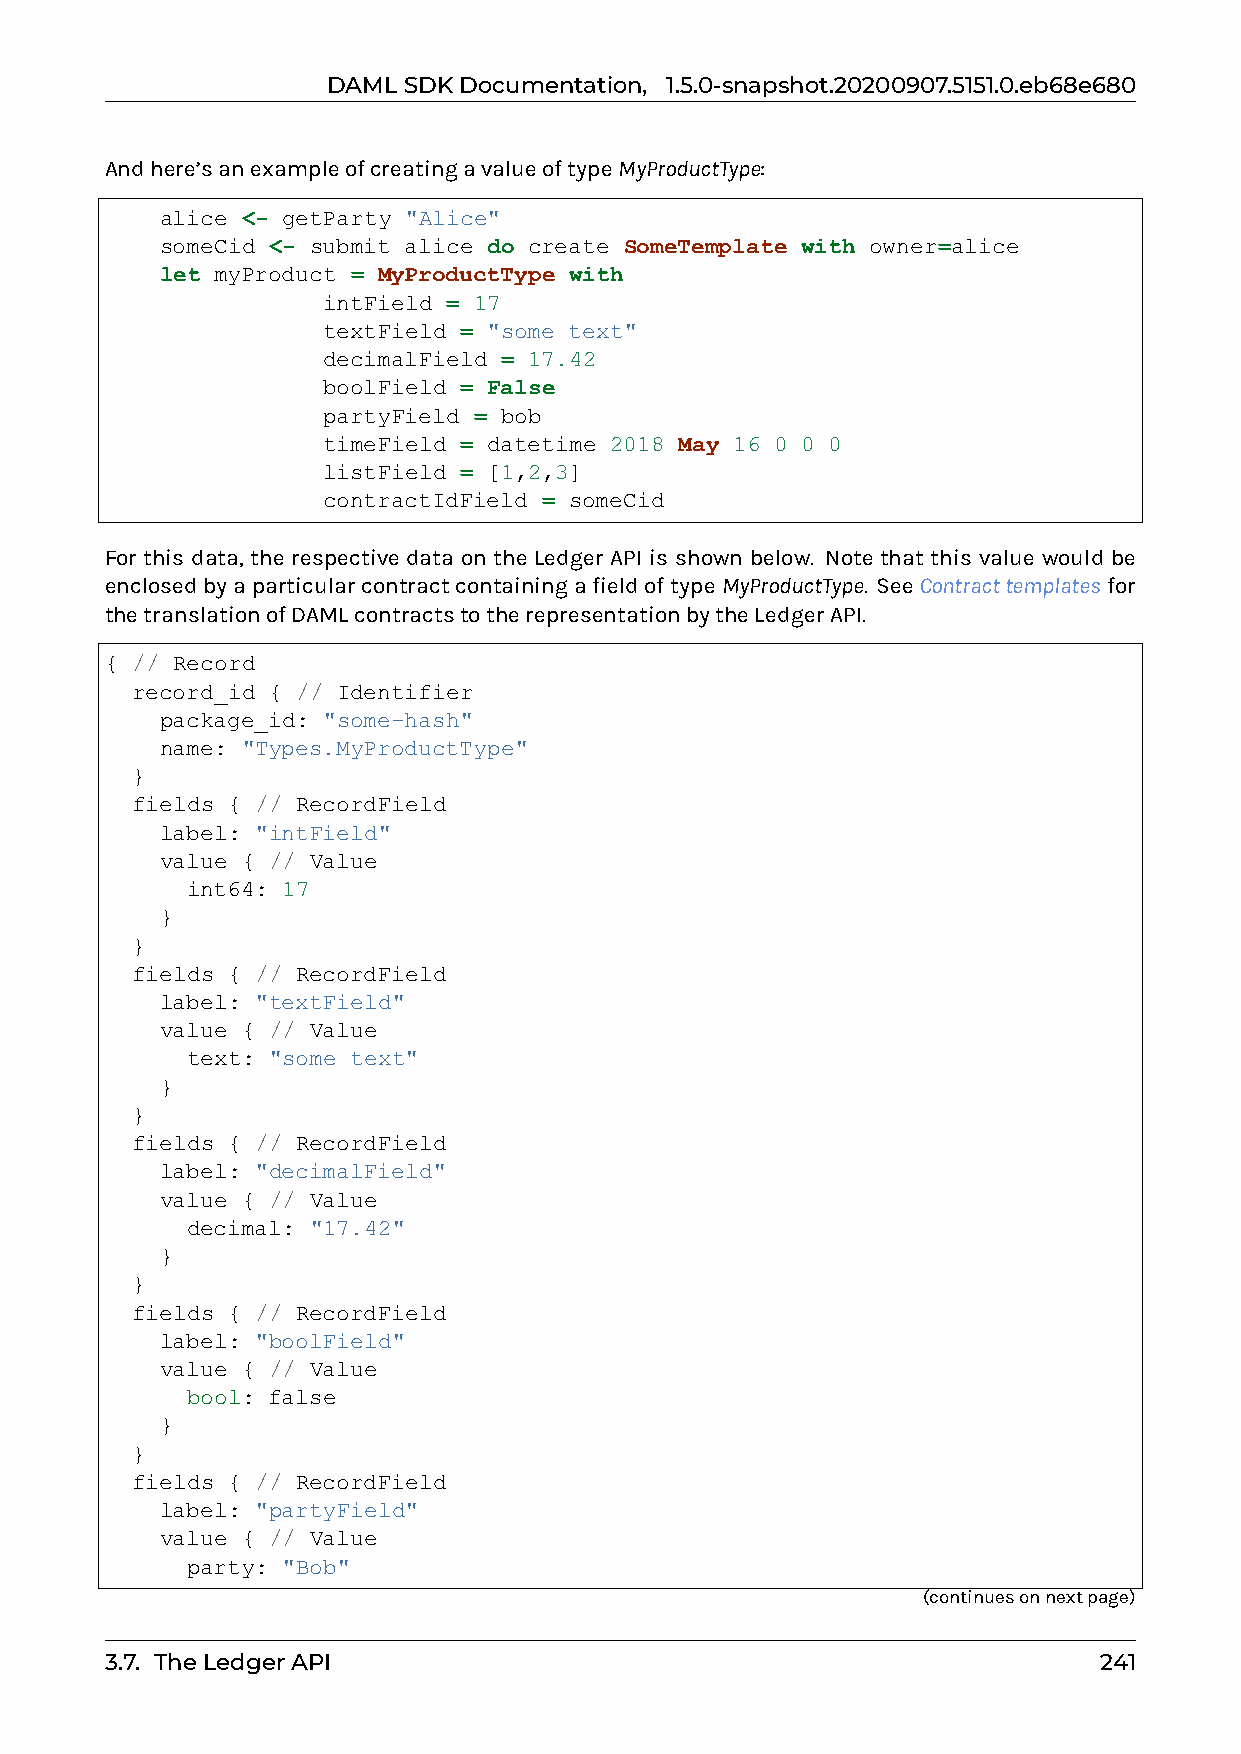
DAMLSDKDocumentation, 1.5.0-snapshot.20200907.5151.0.eb68e680
 Andhere’sanexampleofcreatingavalueoftypeMyProductType:
 alice <- getParty "Alice"
 someCid <- submit alice do create SomeTemplate with owner=alice
 let myProduct = MyProductType with
 intField = 17
 textField = "some text"
 decimalField = 17.42
 boolField = False
 partyField = bob
 timeField = datetime 2018 May 16 0 0 0
 listField = [1,2,3]
 contractIdField = someCid
 For this data, the respective data on the Ledger API is shown below. Note that this value would be
 enclosedbyaparticularcontractcontainingafieldoftypeMyProductType. SeeContracttemplatesfor
 thetranslationofDAMLcontractstotherepresentationbytheLedgerAPI.
 { // Record
 record_id { // Identifier
 package_id: "some-hash"
 name: "Types.MyProductType"
 }
 fields { // RecordField
 label: "intField"
 value { // Value
 int64: 17
 }
 }
 fields { // RecordField
 label: "textField"
 value { // Value
 text: "some text"
 }
 }
 fields { // RecordField
 label: "decimalField"
 value { // Value
 decimal: "17.42"
 }
 }
 fields { // RecordField
 label: "boolField"
 value { // Value
 bool: false
 }
 }
 fields { // RecordField
 label: "partyField"
 value { // Value
 party: "Bob"
 (continuesonnextpage)
 3.7. TheLedgerAPI                                                 241